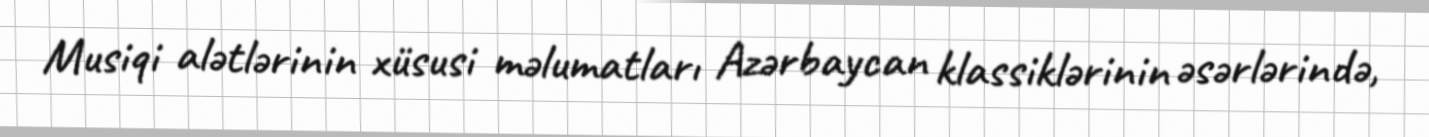
Musiqi alətlərinin xüsusi məlumatları Azərbaycan klassiklərinin əsərlərində,